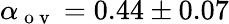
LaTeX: \alpha_{\mathrm{~o~v~}}=0.44\pm 0.07